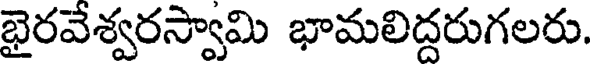
భైరవేశ్వరస్వామి భామలిద్దరుగలరు.